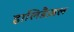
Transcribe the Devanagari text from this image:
हालिडैज़ल